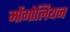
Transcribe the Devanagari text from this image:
मोंगोलियन